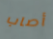
أصاب